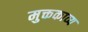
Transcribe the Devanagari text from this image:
मुक्तकाव्य